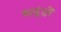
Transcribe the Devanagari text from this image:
समुंदरें